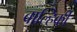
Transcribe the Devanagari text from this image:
बाल्हिकी